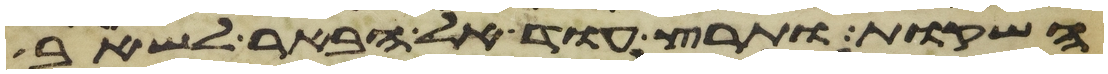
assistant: השקות ותרץ עוד אל הבאר לשאב